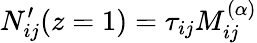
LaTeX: N_{ij}^{\prime}(z=1)=\tau_{ij}M_{ij}^{(\alpha)}